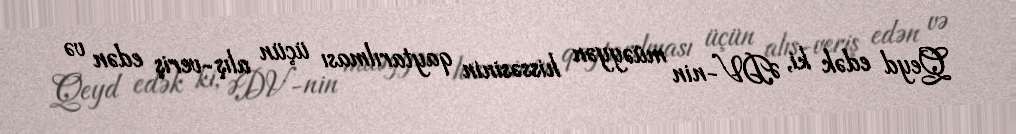
Qeyd edək ki, ƏDV-nin müəyyən hissəsinin qaytarılması üçün alış-veriş edən və